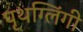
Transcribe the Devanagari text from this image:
पृथग्लिंगी